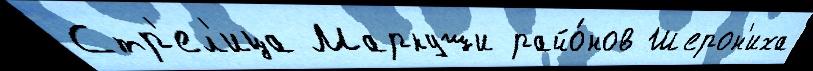
Стр'ел'ица Маркуши райо́нов Шерон'иха